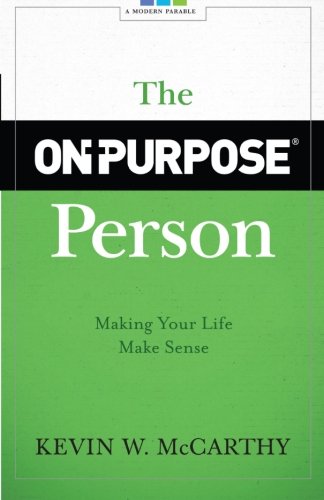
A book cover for The On-Purpose Person: Making Your Life Make Sense; Kevin W. McCarthy; Literature & Fiction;